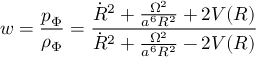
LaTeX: w = \frac { p _ { \Phi } } { \rho _ { \Phi } } = \frac { \dot { R } ^ { 2 } + \frac { \Omega ^ { 2 } } { a ^ { 6 } R ^ { 2 } } + 2 V ( R ) } { \dot { R } ^ { 2 } + \frac { \Omega ^ { 2 } } { a ^ { 6 } R ^ { 2 } } - 2 V ( R ) }